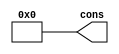
module const32( cons );
	output	signed [31:0]	cons;
	
	parameter	signed [31:0]		VALUE=0;

	assign cons = VALUE;

endmodule